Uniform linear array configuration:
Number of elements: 8
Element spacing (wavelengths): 0.5
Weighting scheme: exponential
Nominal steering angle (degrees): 15
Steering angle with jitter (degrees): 14.716
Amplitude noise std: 0.05
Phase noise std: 0.05

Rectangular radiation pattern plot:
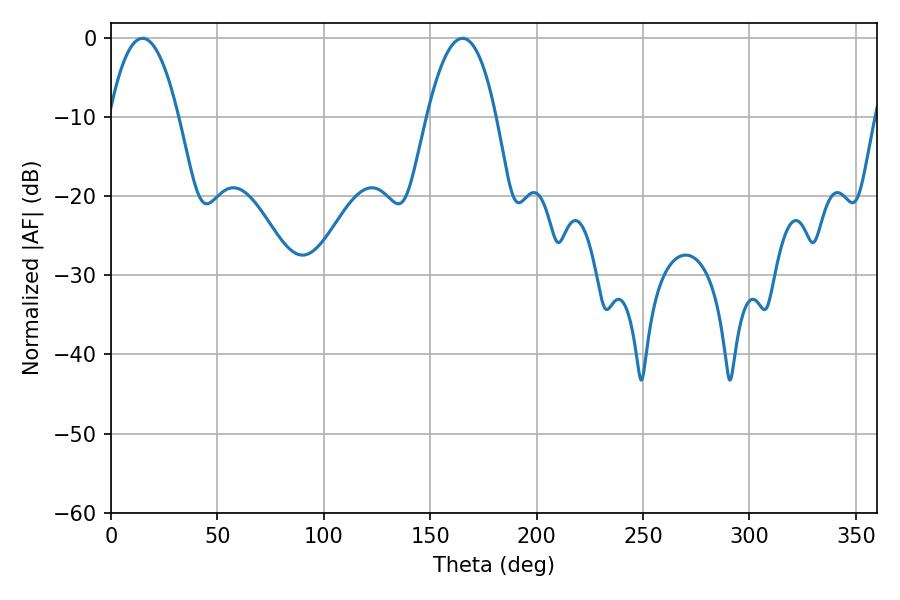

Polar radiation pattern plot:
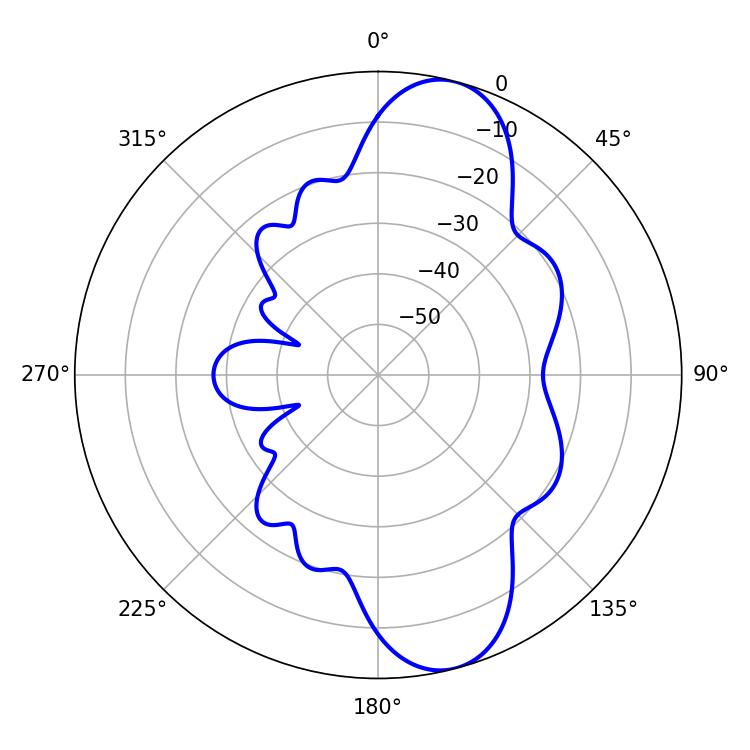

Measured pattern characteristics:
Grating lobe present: FALSE
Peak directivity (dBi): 10.409
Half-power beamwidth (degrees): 18
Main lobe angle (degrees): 14.76